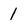
Character: 1